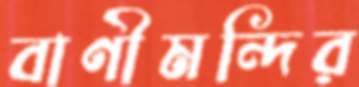
বাণীমন্দির